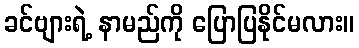
ခင်ဗျားရဲ့ နာမည်ကို ပြောပြနိုင်မလား။